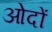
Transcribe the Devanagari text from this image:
ओदों